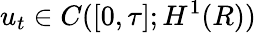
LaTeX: u_{t}\in C([0,\tau];H^{1}(R))